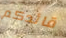
قائدكم